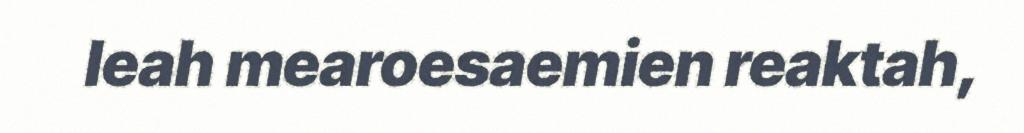
leah mearoesaemien reaktah,